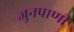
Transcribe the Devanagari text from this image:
जुनपाणी